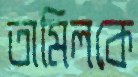
তামিলকে